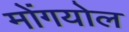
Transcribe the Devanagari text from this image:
मोंगयोल